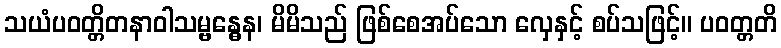
သယံပဝတ္တိတနာဝါသမ္ဗန္ဓေန၊ မိမိသည် ဖြစ်စေအပ်သော လှေနှင့် စပ်သဖြင့်။ ပဝတ္တတိ